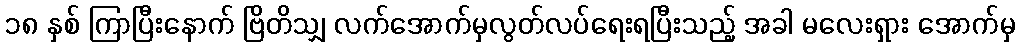
၁၈ နှစ် ကြာပြီးနောက် ဗြိတိသျှ လက်အောက်မှလွတ်လပ်ရေးရပြီးသည့် အခါ မလေးရှား အောက်မှ